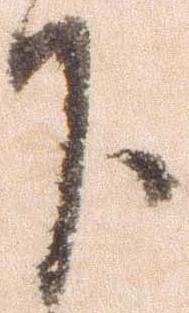
下